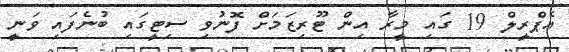
އެޕްރީލް 19 ގައި މީރާ އިން ޓޫރިޒަމަށް ފޮނުވި ސިޓީގައި ބުނެފައި ވަނީ